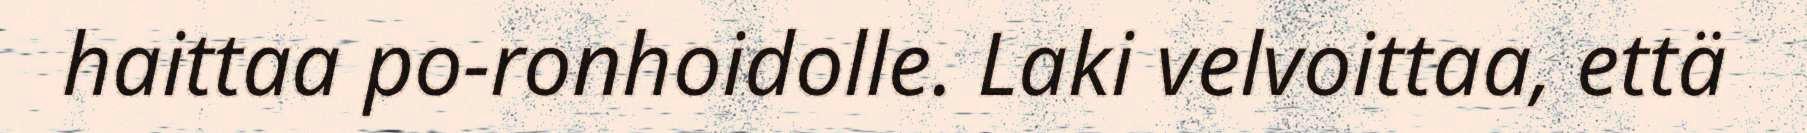
haittaa po-ronhoidolle. Laki velvoittaa, että